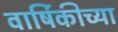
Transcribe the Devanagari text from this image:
वार्षिकीच्या